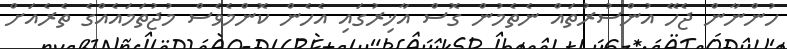
ހުންނާން ޖެހޭ އުންސުރުތައް ނެތެމުން ގޮސް އާޚިރުގައި އެހެން ކޮންމެވެސް މުޖުތަމައެއްގެ ތެރެއަށް